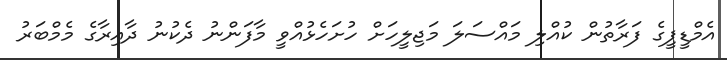
އެމްޑީޕީގެ ފަރާތުން ކުއްލި މައްސަލަ މަޖިލީހަށް ހުށަހެޅުއްވީ މާފަންނު ދެކުނު ދާއިރާގެ މެމްބަރު